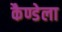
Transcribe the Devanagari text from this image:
कैण्डेला